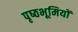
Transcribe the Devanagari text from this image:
पृष्‍ठभूमियों